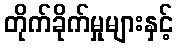
တိုက်ခိုက်မှုများနှင့်